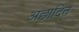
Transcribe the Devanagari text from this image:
अछादित